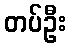
တပ်ဦး